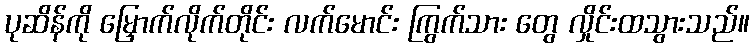
ပုဆိန်ကို မြှောက်လိုက်တိုင်း လက်မောင်း ကြွက်သား တွေ လှိုင်းထသွားသည်။